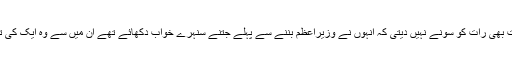
لیکن انہیں شاید یہ بات بھی رات کو سونے نہیں دیتی کہ انہوں نے وزیراعظم بننے سے پہلے جتنے سنہرے خواب دکھائے تھے ان میں سے وہ ایک کی تعبیر بھی نہ بتاسکے۔